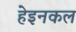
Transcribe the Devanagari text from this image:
हेइनकल